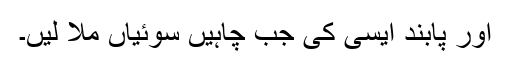
اور پابند ایسی کی جب چاہیں سوئیاں ملا لیں۔